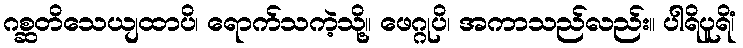
ဂစ္ဆတိသေယျထာပိ၊ ရောက်သကဲ့သို့။ ဖေဂ္ဂုပိ၊ အကာသည်လည်း။ ပါရိပူရိံ၊